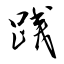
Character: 践